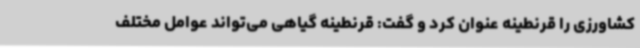
کشاورزی را قرنطینه عنوان کرد و گفت: قرنطینه گیاهی می‌تواند عوامل مختلف